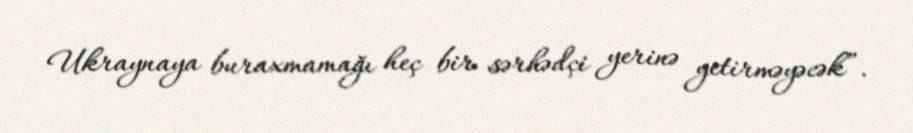
Ukraynaya buraxmamağı heç bir sərhədçi yerinə yetirməyəcək”.